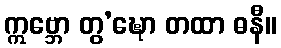
ဣဗ္ဘော တွ’ဍ္ဎော တထာ ဓနီ။